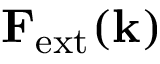
{ \bf F } _ { \mathrm { e x t } } ( { \bf k } )